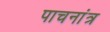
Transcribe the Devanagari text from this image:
पाचनांत्र